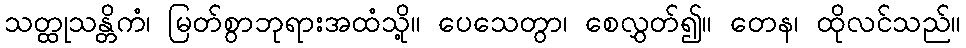
သတ္ထုသန္တိကံ၊ မြတ်စွာဘုရားအထံသို့။ ပေသေတွာ၊ စေလွှတ်၍။ တေန၊ ထိုလင်သည်။